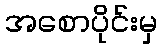
အစောပိုင်းမှ